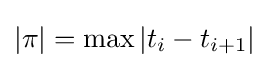
|\pi |=\max \left|t_{i}-t_{i+1}\right|